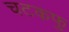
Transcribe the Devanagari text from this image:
चटकफु